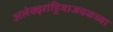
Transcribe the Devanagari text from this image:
अलेक्झांड्रियाजवळच्या